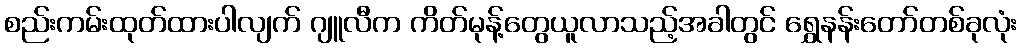
စည်းကမ်းထုတ်ထားပါလျက် ဂျူလီက ကိတ်မုန့်တွေယူလာသည့်အခါတွင် ရွှေနန်းတော်တစ်ခုလုံး